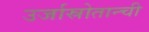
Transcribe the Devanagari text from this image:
उर्जास्रोतान्ची